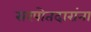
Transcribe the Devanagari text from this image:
सरपोतदारांना